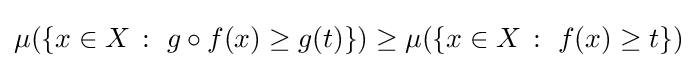
\mu (\{x\in X\,:\,\,g\circ f(x)\geq g(t)\})\geq \mu (\{x\in X\,:\,\,f(x)\geq t\})